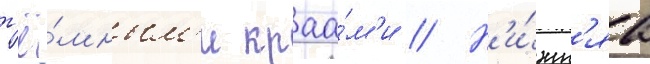
т'ё́мным'и краа́м'и // Н'и́жн'яа